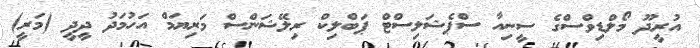
އުރީދޫ މޯލްޑިވްސްގެ ސީނިއާ ސްޕެޝަލިސްޓް ޕަބްލިކް ރިލޭޝަންސް މަރިޔަމް އަހުމަދު ދީދީ (މަރީ)